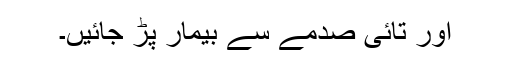
اور تائی صدمے سے بیمار پڑ جائیں۔